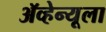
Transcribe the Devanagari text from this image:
ॲव्हेन्यूला